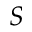
S